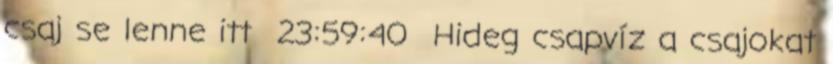
csaj se lenne itt 23:59:40 Hideg csapvíz a csajokat